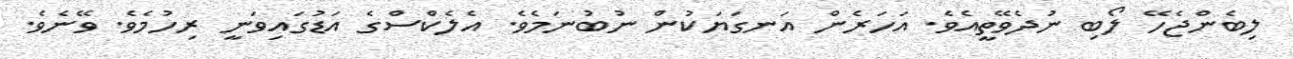
ލިބެންޖެހޭ ލޯބި ނުދެވޭތީއެވެ. އަހަރެން އަނގަޔަކުން ނުބުނަމެވެ. އެލެކްސްގެ އަޑުގައިވަނީ ރިހުމެވެ. ވޭނެވެ.